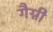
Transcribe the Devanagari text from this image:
गैग्नी